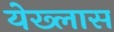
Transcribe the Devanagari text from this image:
येख्लास